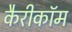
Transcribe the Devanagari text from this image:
कैरीकॉम